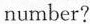
number?